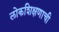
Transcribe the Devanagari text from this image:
लोकशिक्षणाची